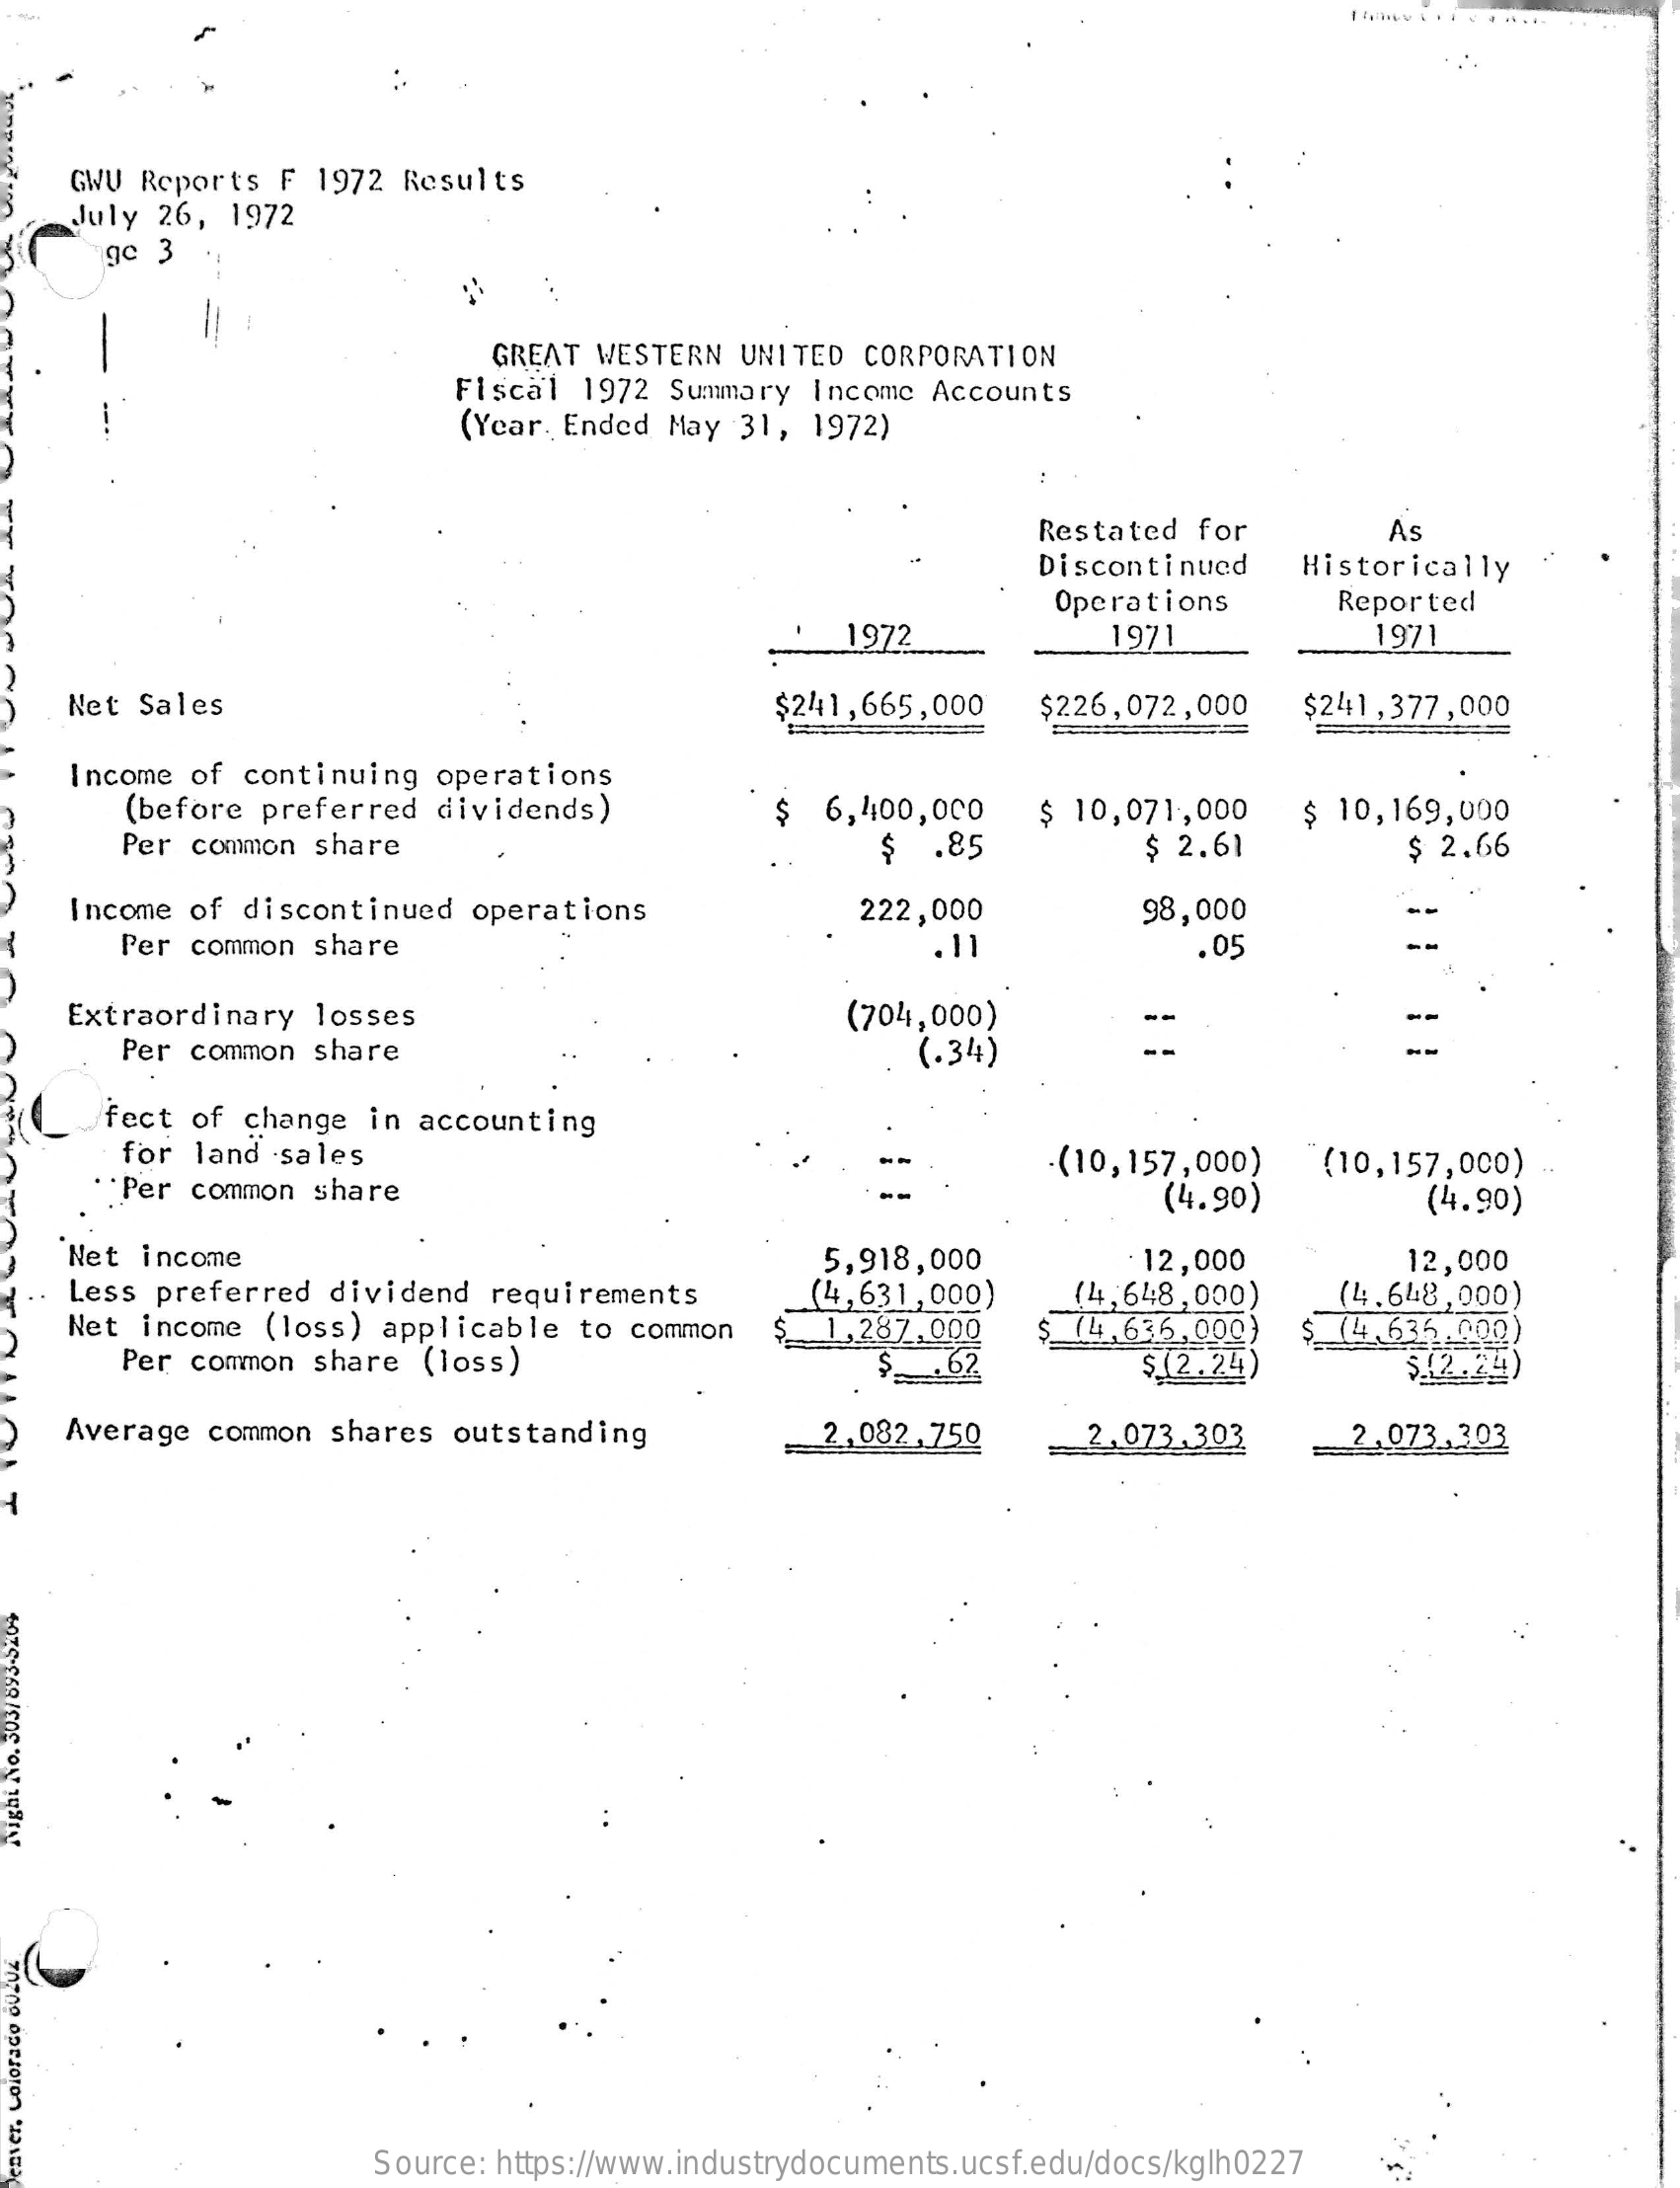
GWU Reports  F 1972 Results
     July 26,  1972
     gc 3
     GREAT WESTERN  UNITED  CORPORATION
     Fiscal  1972  Summary  Income Accounts
     (Year. Ended May  31, 1972)
     Restated  for    As
     Discontinued    Historically
     Operations    Reported
     1972    1971    1971
     Net Sales    $241,665,000    $226,072,000    $241,377,000
     Income of continuing   operations
     (before preferred   dividends)    $  6,400,000
     Per common  share
     $ 10,071,000    $ 10,169,000
     $  .85    $ 2.61    $ 2.66
     Income of discontinued   operations    222,000    98,000
     Per common  share    11    .05
    Extraordinary   losses    (704,000)
     Per common  share    (.34)
     fect of change  in  accounting
     for land  sales
     Per common  share
     (10,157,000)    (10,157,000)
     (4.90)    (4.90)
    Net  income    5,918,000    · 12,000
  .. Less preferred  dividend  requirements    (4,631,000)    (4,648,000)
     12,000
     (4.648,000)
    Net  income  (loss) applicable   to common
     Per common  share  (loss)
     $  1,287,000    $ (4,636,000)
     $ (2.24)
     $ (4,636.000)
     $62    $.(2.24)
    Average  common  shares  outstanding    2 ., 082,750    2.073.303    2.073,303
  37693-5209
  NO.3
     Source: https://www.industrydocuments.ucsf.edu/docs/kglh0227
  denver,
  Colorado
  Queue